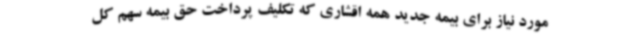
مورد نیاز برای بیمه جدید همه اقشاری که تکلیف پرداخت حق بیمه سهم کل